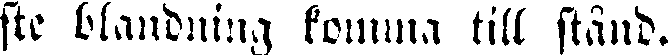
ste blandning komma till stånd.